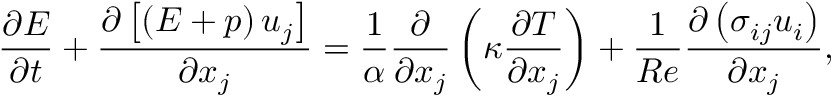
\frac { \partial E } { \partial t } + \frac { \partial \left[ \left( E + p \right) u _ { j } \right] } { \partial x _ { j } } = \frac { 1 } { \alpha } \frac { \partial } { \partial x _ { j } } \left( \kappa \frac { \partial T } { \partial x _ { j } } \right) + \frac { 1 } { R e } \frac { \partial \left( \sigma _ { i j } u _ { i } \right) } { \partial x _ { j } } ,